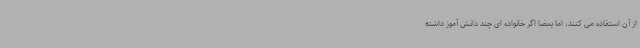
از آن استفاده می کنند، اما بعضا اگر خانواده ای چند دانش آموز داشته